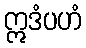
ဣဒံပဟံ